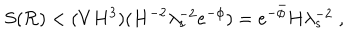
S ( { \cal R } ) < ( V H ^ { 3 } ) ( H ^ { - 2 } \lambda _ { s } ^ { - 2 } e ^ { - \phi } ) = e ^ { - \bar { \phi } } H \lambda _ { s } ^ { - 2 } \; ,